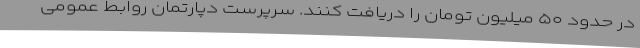
در حدود ۵۰ میلیون تومان را دریافت کنند. سرپرست دپارتمان روابط عمومی